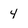
Character: 4